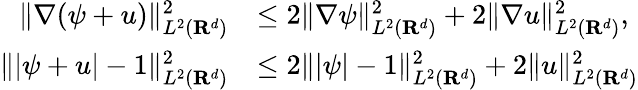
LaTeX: \begin{array}{rl}{\| \nabla(\psi+u)\| _{L^{2}({\mathbf R}^{d})}^{2}}&{\leq 2\| \nabla\psi\| _{L^{2}({\mathbf R}^{d})}^{2}+2\| \nabla u\| _{L^{2}({\mathbf R}^{d})}^{2},}\\ {\| |\psi+u|-1\| _{L^{2}({\mathbf R}^{d})}^{2}}&{\leq 2\| |\psi|-1\| _{L^{2}({\mathbf R}^{d})}^{2}+2\| u\| _{L^{2}({\mathbf R}^{d})}^{2}}\end{array}